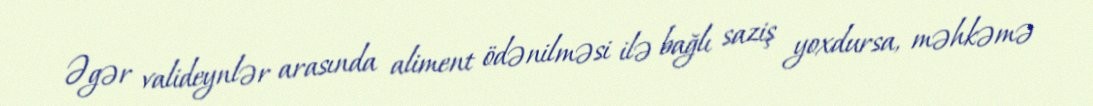
Əgər valideynlər arasında aliment ödənilməsi ilə bağlı saziş yoxdursa, məhkəmə